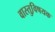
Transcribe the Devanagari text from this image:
वास्तुवि़षयक